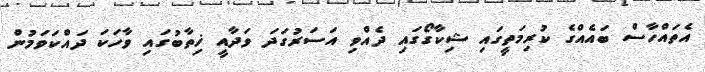
އެތައްހާސް ބައެއްގެ ކުރިމަތީގައި ޝިކާގޯގައި ދެއްވި އަސަރުގަދަ ވަދާއީ ޚިތާބުގައި ވާހަކަ ދައްކަވަމުން